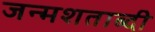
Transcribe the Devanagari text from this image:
जन्‍मशताब्‍दी